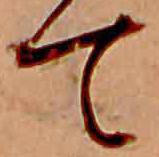
て